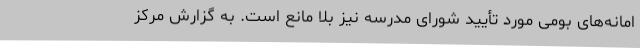
امانه‌های بومی مورد تأیید شورای مدرسه نیز بلا مانع است. به گزارش مرکز